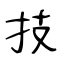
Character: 技